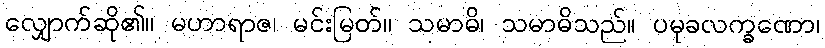
လျှောက်ဆို၏။ မဟာရာဇ၊ မင်းမြတ်။ သမာဓိ၊ သမာဓိသည်။ ပမုခလက္ခဏော၊